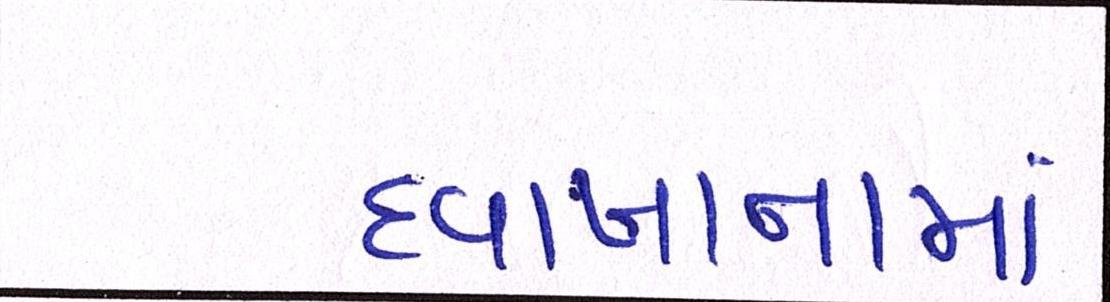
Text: દવાખાનામાં